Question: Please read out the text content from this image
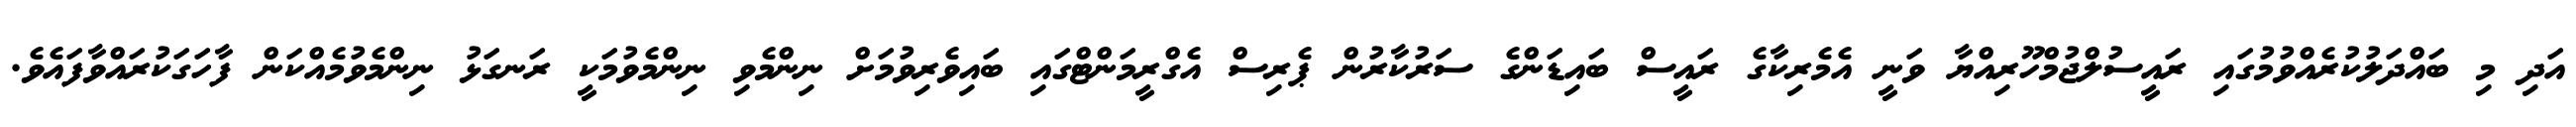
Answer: އަދި މި ބައްދަލުކުރެއްވުމުގައި ރައީސުލްޖުމްހޫރިއްޔާ ވަނީ އެމެރިކާގެ ރައީސް ބައިޑަންގެ ސަރުކާރުން ޕެރިސް އެގްރީމަންޓްގައި ބައިވެރިވުމަށް ނިންމެވި ނިންމެވުމަކީ ރަނގަޅު ނިންމެވުމެއްކަން ފާހަގަކުރައްވާފައެވެ.